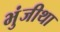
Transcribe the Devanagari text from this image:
भुंजीथा